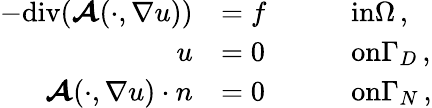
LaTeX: \begin{array}{r}{\begin{array}{rlrl}{-\mathrm{div}(\boldsymbol{\mathcal{A}}(\cdot,\nabla u))}&{=f}&&{\quad\textup{in}\Omega\, ,}\\ {u}&{=0}&&{\quad\textup{on}\Gamma_{D}\, ,}\\ {\boldsymbol{\mathcal{A}}(\cdot,\nabla u)\cdot n}&{=0}&&{\quad\textup{on}\Gamma_{N}\, ,}\end{array}}\end{array}